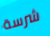
شرسة